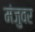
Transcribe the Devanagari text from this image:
मंजुवर